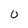
Character: 0